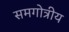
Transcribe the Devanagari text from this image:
समगोत्रीय